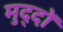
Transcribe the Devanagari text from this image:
मुद्‍दों